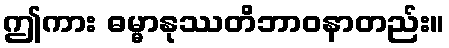
ဤကား ဓမ္မာနုဿတိဘာဝနာတည်း။